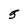
Character: 5